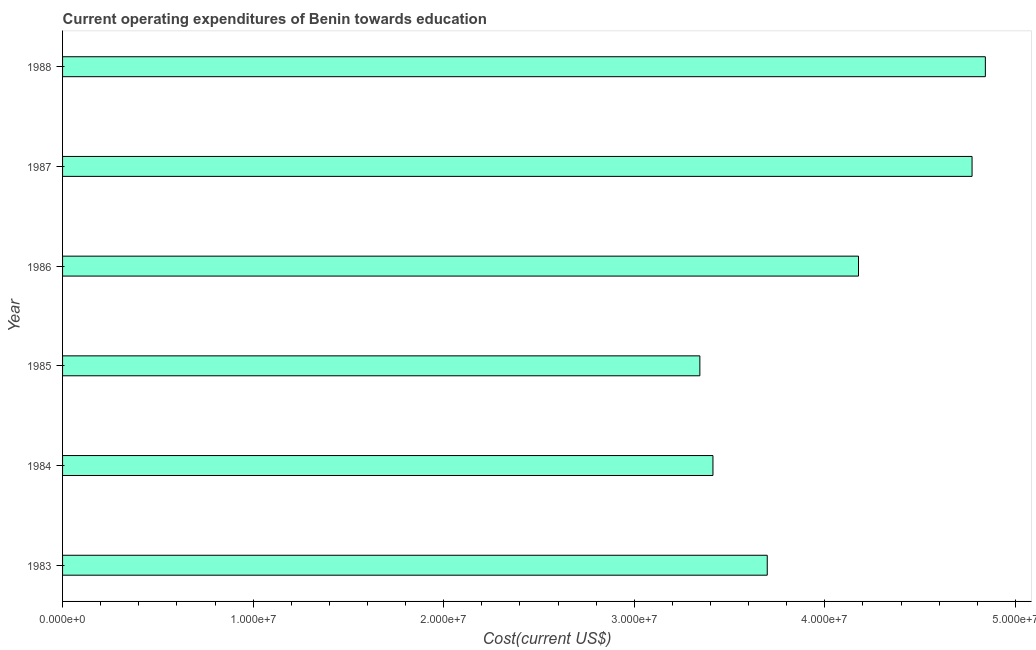
| Year | Education expenditure |
 | --- | --- |
 | 1983 | 3.7e+07 |
 | 1984 | 3.41e+07 |
 | 1985 | 3.34e+07 |
 | 1986 | 4.18e+07 |
 | 1987 | 4.77e+07 |
 | 1988 | 4.84e+07 |